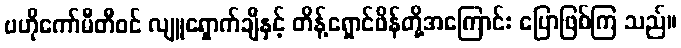
ဗဟိုကော်မီတီဝင် လျူရှောက်ချီနှင့် တိန့်ရှောင်ဖိန်တို့အကြောင်း ပြောဖြစ်ကြ သည်။